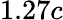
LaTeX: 1.27c